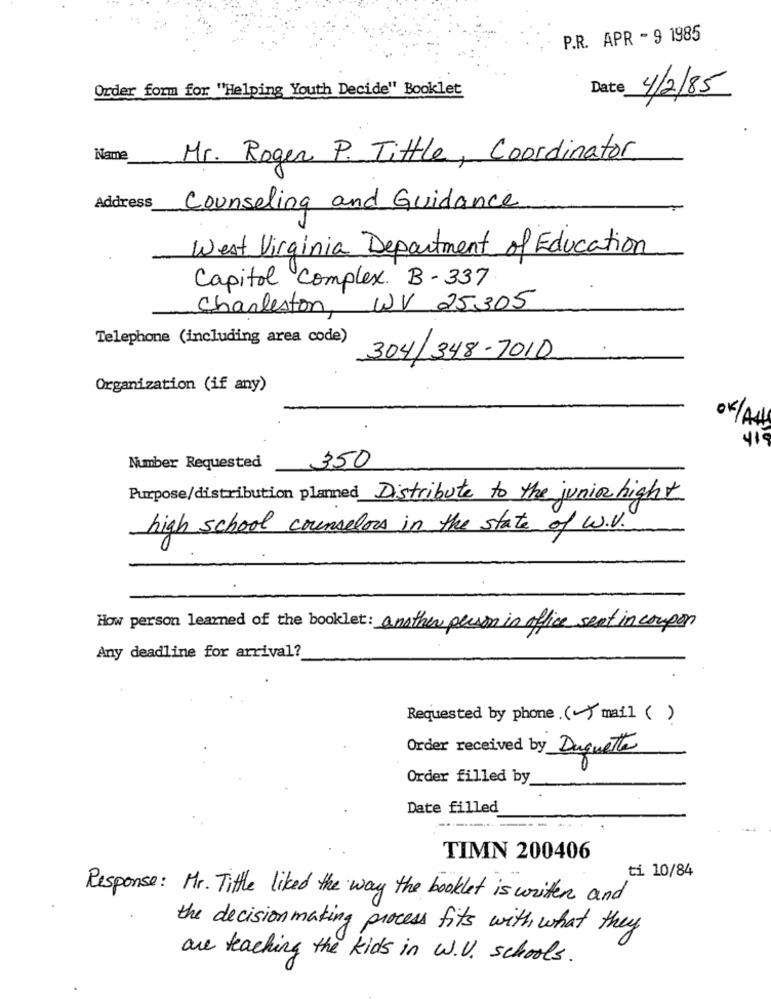
P.R. APR - 9 1985
Order form for "Helping Youth Decide" Booklet
Date
4/2/85
Name
Mr. Roger P. Tittle, Coordinator
Address
Counseling and Guidance
West Virginia Department of Education
Capitol complex. B - 337
Charleston, WV 25305
Telephone (including area code)
304/348-7010
Organization (if any)
OK/AN
350
Number Requested
Purpose/distribution planned Distribute to the junior hight
high school counselors in the state of W.V.
How person learned of the booklet: another person in office sent in coupon
Any deadline for arrival?
Requested by phone ( ) mail ( )
Order received by Duquette
Order filled by
Date filled
TIMN 200406
ti 10/84
Response: Mr. Tittle liked the way the booklet is written and
the decision making process fits with what they
are teaching the kids in W.V. schools.